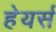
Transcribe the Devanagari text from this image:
हेयर्स